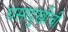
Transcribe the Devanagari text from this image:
घसादुखीची